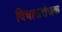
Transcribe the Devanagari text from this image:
विचारात्तेजक